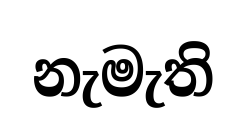
නැමැති